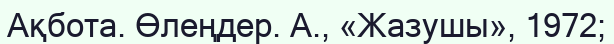
Ақбота. Өлеңдер. А., «Жазушы», 1972;